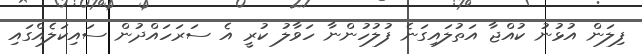
ފިލަން އުޅުނު ކުއްޖާ އަތުލައިގަނެ ފުލުހުންނާ ހަވާލު ކުރީ އެ ސަރަހައްދުން ސައިކަލެއްގައި